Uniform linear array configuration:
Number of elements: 32
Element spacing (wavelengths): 1
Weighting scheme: kaiser
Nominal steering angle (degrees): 45
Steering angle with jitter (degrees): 44.524
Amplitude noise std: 0.05
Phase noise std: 0.05

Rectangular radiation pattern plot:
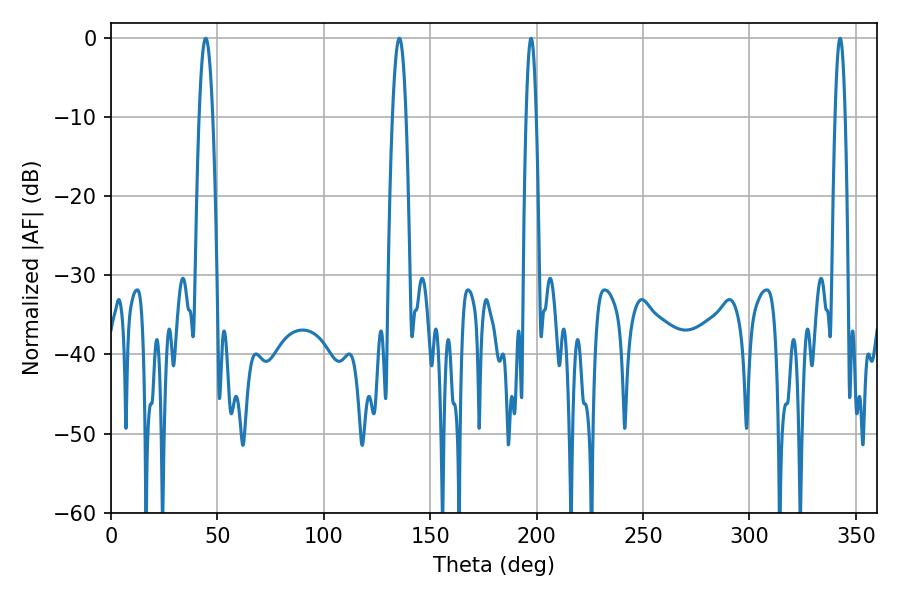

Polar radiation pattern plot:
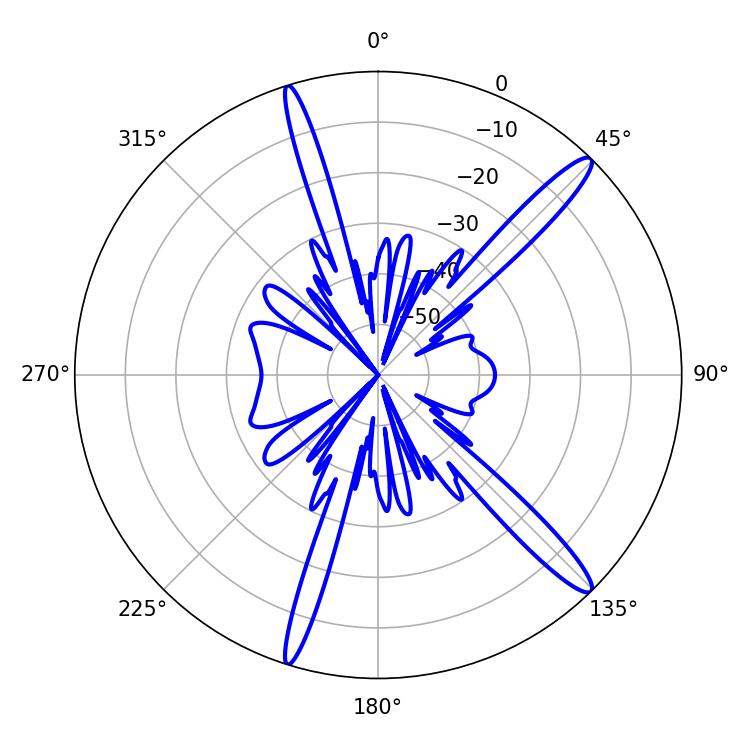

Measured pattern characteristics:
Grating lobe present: TRUE
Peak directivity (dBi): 14.982
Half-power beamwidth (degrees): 3.42
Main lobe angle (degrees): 44.46